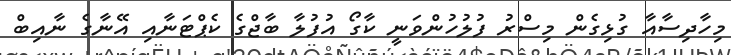
މިހާދިސާއާ ގުޅިގެން މިސްރު ފުލުހުންވަނީ ކާގޯ އުފުލާ ބާޖްގެ ކެޕްޓަނާއި އޭނާގެ ނާއިބް